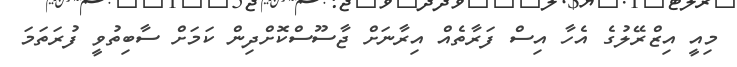
މިއީ އިޒްރޭލުގެ އެހާ އިސް ފަރާތެއް އިރާނަށް ޖާސޫސްކޮށްދިން ކަމަށް ސާބިތުވީ ފުރަތަމަ